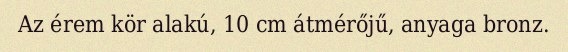
Az érem kör alakú, 10 cm átmérőjű, anyaga bronz.